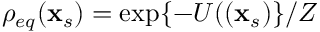
\rho _ { e q } ( \mathbf { x } _ { s } ) = \exp \{ - U ( ( \mathbf { x } _ { s } ) \} / Z